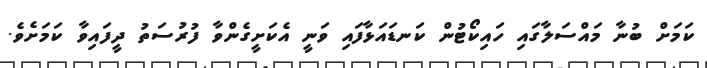
ކަމަށް ބުނާ މައްސަލާގައި ހައިކޯޓުން ކަނޑައަޅާފައި ވަނީ އެކަށީގެންވާ ފުރުސަތު ދީފައިވާ ކަމަށެވެ.